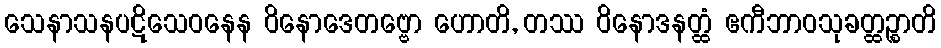
သေနာသနပဋိသေဝနေန ဝိနောဒေတဗ္ဗော ဟောတိ, တဿ ဝိနောဒနတ္ထံ ဧကီဘာဝသုခတ္ထဉ္စာတိ